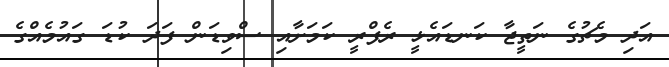
އަދި މެޗުގެ ނަތީޖާ ކަނޑައެޅީ ރެފްރީ ކަމަށާއި ސްވިޑަން ފަދަ ކުޑަ ގައުމެއްގެ